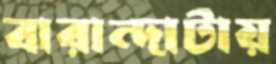
বারান্দাটায়